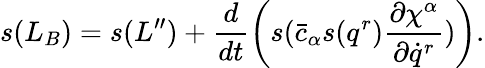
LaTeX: s(L_{B})=s(L^{\prime\prime})+\frac{d}{dt}\left(s(\bar{c}_{\alpha}s(q^{r})\frac{\partial\chi^{\alpha}}{\partial\dot{q}^{r}})\right).